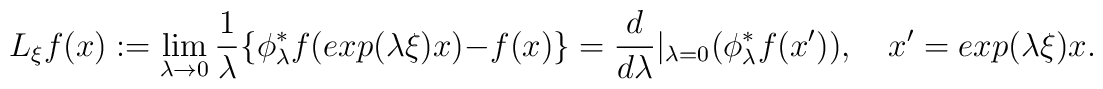
{L}_{\xi}f(x):=\lim_{\lambda \rightarrow0}\frac{1}{\lambda}\{\phi_\lambda^* f(exp(\lambda\xi)x)-f(x)\}=\frac{d}{d\lambda}|_{\lambda=0}(\phi_\lambda^*f(x')),\quad x'=exp(\lambda \xi)x.